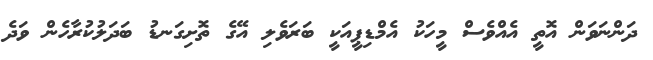
ދަންނަވަން އޮތީ އެއްވެސް މީހަކު އެމްޑިޕީއަކީ ބަރަވެލި އޭގެ ތޮށިގަނޑު ބަދަލުކުރާހެން ވަދެ